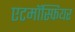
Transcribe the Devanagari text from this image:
एटमॉस्फियर